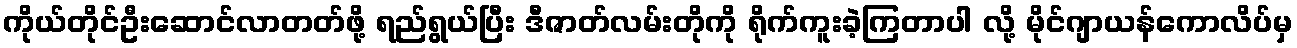
ကိုယ်တိုင်ဦးဆောင်လာတတ်ဖို့ ရည်ရွယ်ပြီး ဒီဇာတ်လမ်းတိုကို ရိုက်ကူးခဲ့ကြတာပါ လို့ မိုင်ဂျာယန်ကောလိပ်မှ